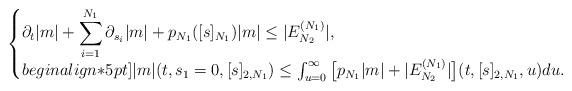
LaTeX: \begin{align*} \left\{\begin{matrix*}[l]\partial_t |m| + \displaystyle \sum_{i=1}^{N_1} \partial_{s_i} |m| +p_{N_1}([s]_{N_1} ) |m| \leq | E_{N_2}^{(N_1)}|, \\begin{align*}5pt]|m|(t,s_1=0,[s]_{2,N_1}) \leq \int_{u=0}^\infty \big[ p_{N_1} |m| + |E_{N_2}^{(N_1)}| \big] (t,[s]_{2,N_1}, u) du.\end{matrix*}\right.\end{align*}